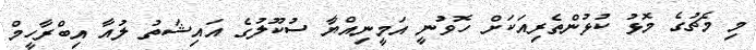
މި މެޗުގެ މޮޅު ކުޅުންތެރިއަކަށް ހޮވުނީ އަމީނިއްޔާ ސުކޫލުގެ އައިޝަތު ލުއާ އިބްރާހީމް